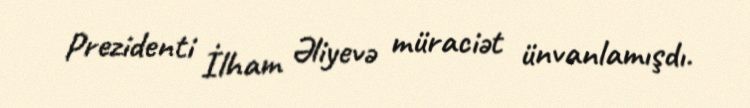
Prezidenti İlham Əliyevə müraciət ünvanlamışdı.